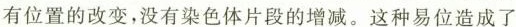
有位置的改变，没有染色体片段的增减。这种易位造成了